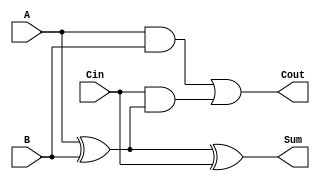
module full_adder (
    input wire A,     // First input bit
    input wire B,     // Second input bit
    input wire Cin,   // Carry input
    output wire Sum,  // Sum output
    output wire Cout  // Carry output
);

    // Intermediate wire declarations
    wire AxorB;

    // Compute Sum = A XOR B XOR Cin
    assign AxorB = A ^ B;        // First XOR
    assign Sum = AxorB ^ Cin;    // Second XOR

    // Compute Cout = (A AND B) OR (Cin AND (A XOR B))
    assign Cout = (A & B) | (Cin & AxorB);

endmodule